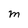
Character: M